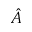
\hat { A }